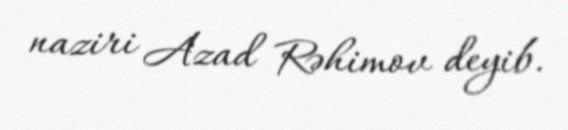
naziri Azad Rəhimov deyib.